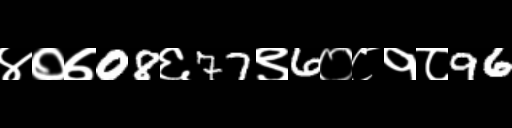
Text: ४०७08६77९6०८१८96